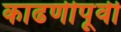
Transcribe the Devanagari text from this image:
काढणीपूर्वी